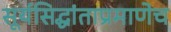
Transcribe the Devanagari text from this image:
सूर्यसिद्धांताप्रमाणेच